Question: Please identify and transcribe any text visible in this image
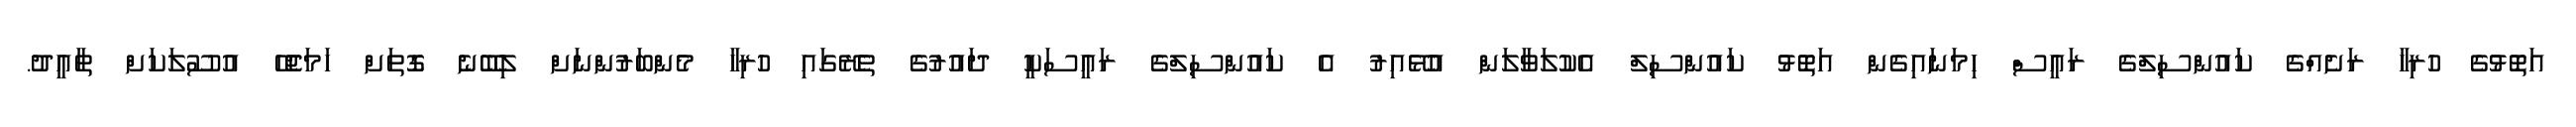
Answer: އަތޮޅުގެ ހުރިހާ ރަށެއްގެ ކައުންސިލްގެ ރައީސް ހިމަނައިގެން އަތޮޅު ކައުންސިލް އެކުލަވާލަން އުޅޭއިރު އެ ކައުންސިލްގެ ރައީސަކީ ދައުރުގެ ތެރޭގައި ހުރިހާ މެންބަރުންނަށް ލިބޭނެ ގޮތަށް ހަމަޖެހޭ އުސޫލަކަށް ތާއީދު.